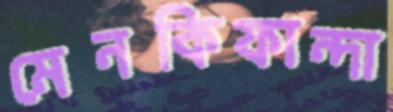
মেনকিফান্দা